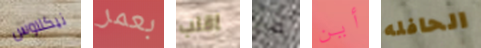
نيكلاوس بعمر اقلب من أين الحافله